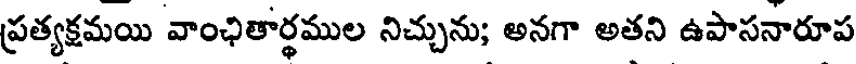
ప్రత్యక్షమయి వాంఛితార్థముల నిచ్చును; అనగా అతని ఉపాసనారూప